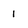
Character: I